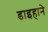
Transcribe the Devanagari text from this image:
डाइहाने